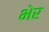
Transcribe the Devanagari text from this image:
भेर